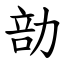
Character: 勏